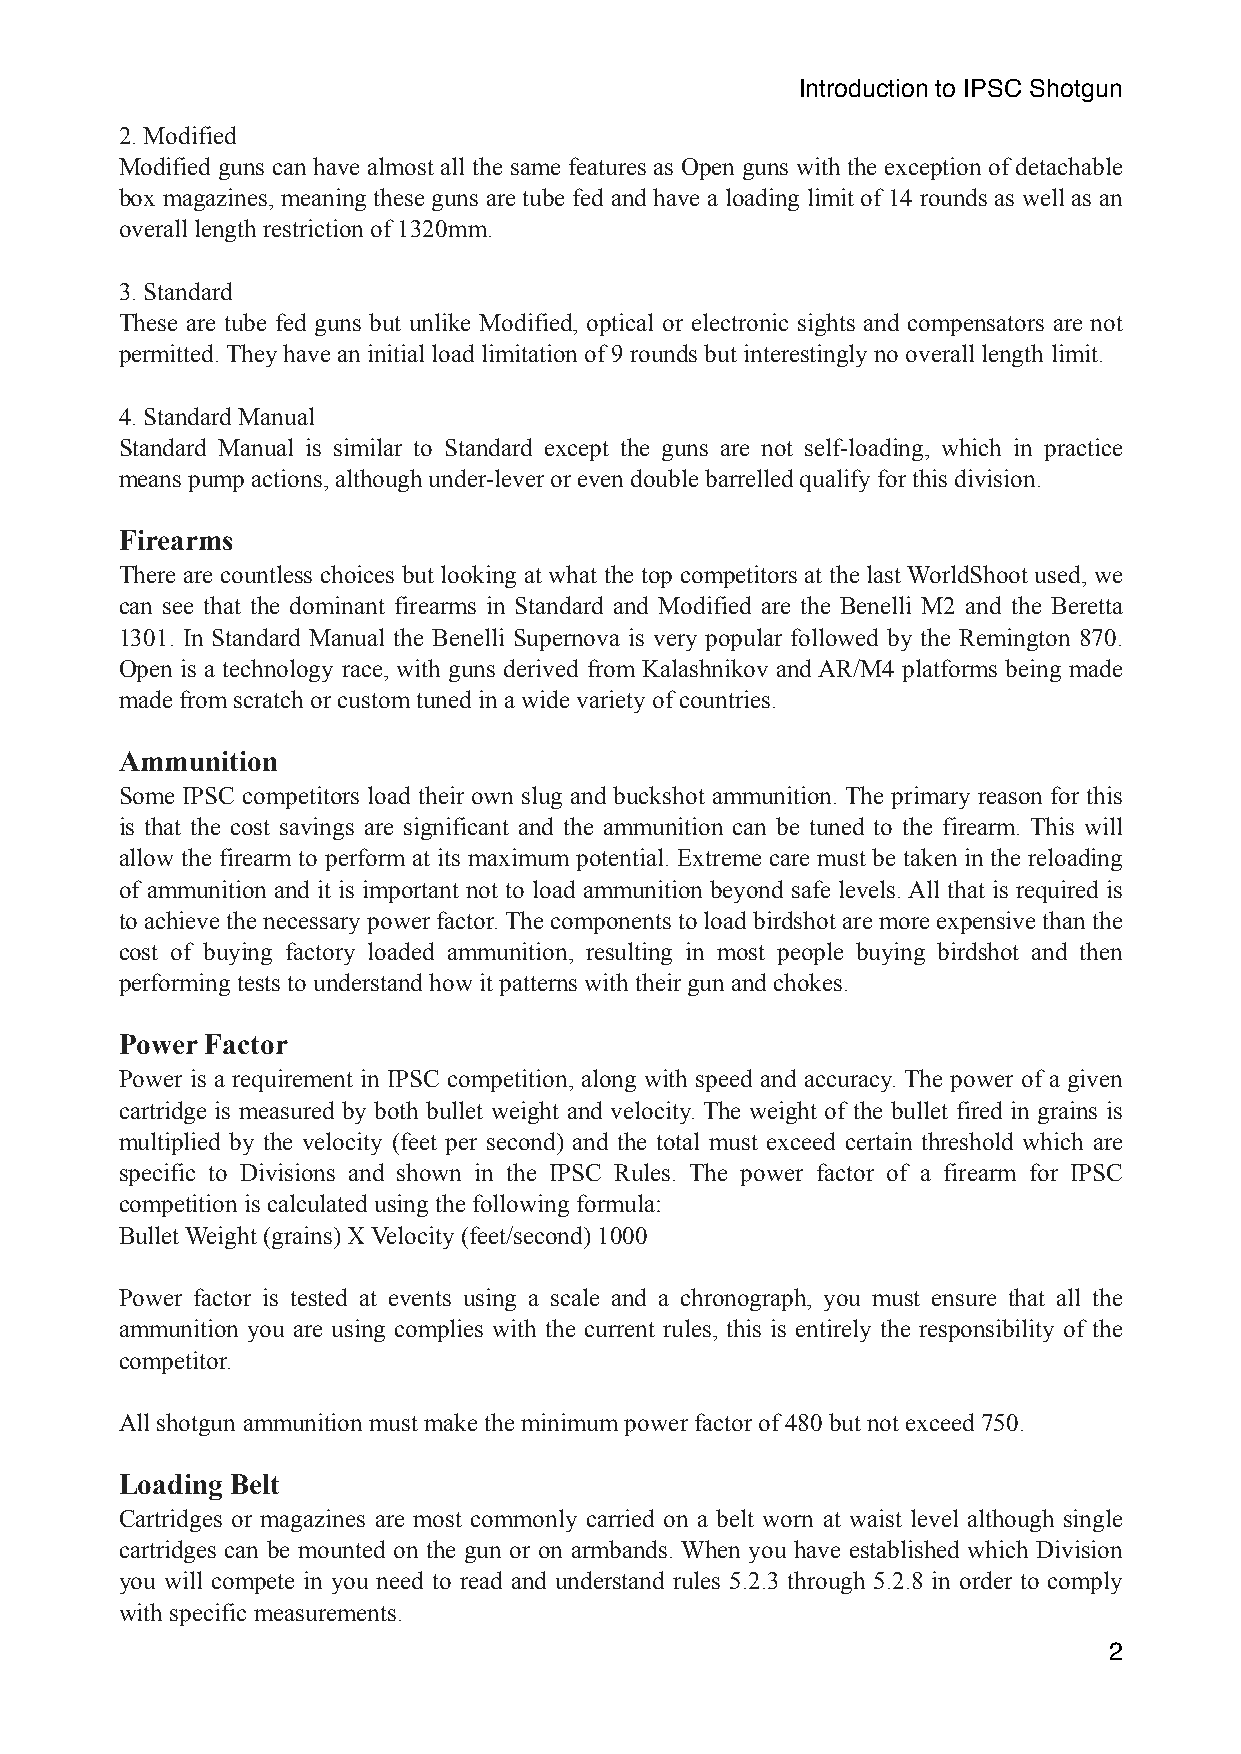
Introduction to IPSC Shotgun
 2. Modified
 Modified guns can have almost all the same features as Open guns with the exception of detachable
 box magazines, meaning these guns are tube fed and have a loading limit of 14 rounds as well as an
 overall length restriction of 1320mm.
 3. Standard
 These are tube fed guns but unlike Modified, optical or electronic sights and compensators are not
 permitted. They have an initial load limitation of 9 rounds but interestingly no overall length limit.
 4. Standard Manual
 Standard Manual is similar to Standard except the guns are not self-loading, which in practice
 means pump actions, although under-lever or even double barrelled qualify for this division.
 Firearms
 There are countless choices but looking at what the top competitors at the last WorldShoot used, we
 can see that the dominant firearms in Standard and Modified are the Benelli M2 and the Beretta
 1301. In Standard Manual the Benelli Supernova is very popular followed by the Remington 870.
 Open is a technology race, with guns derived from Kalashnikov and AR/M4 platforms being made
 made from scratch or custom tuned in a wide variety of countries.
 Ammunition
 Some IPSC competitors load their own slug and buckshot ammunition. The primary reason for this
 is that the cost savings are significant and the ammunition can be tuned to the firearm. This will
 allow the firearm to perform at its maximum potential. Extreme care must be taken in the reloading
 of ammunition and it is important not to load ammunition beyond safe levels. All that is required is
 to achieve the necessary power factor. The components to load birdshot are more expensive than the
 cost of buying factory loaded ammunition, resulting in most people buying birdshot and then
 performing tests to understand how it patterns with their gun and chokes.
 Power Factor
 Power is a requirement in IPSC competition, along with speed and accuracy. The power of a given
 cartridge is measured by both bullet weight and velocity. The weight of the bullet fired in grains is
 multiplied by the velocity (feet per second) and the total must exceed certain threshold which are
 specific to Divisions and shown in the IPSC Rules. The power factor of a firearm for IPSC
 competition is calculated using the following formula:
 Bullet Weight (grains) X Velocity (feet/second) 1000
 Power factor is tested at events using a scale and a chronograph, you must ensure that all the
 ammunition you are using complies with the current rules, this is entirely the responsibility of the
 competitor.
 All shotgun ammunition must make the minimum power factor of 480 but not exceed 750.
 Loading Belt
 Cartridges or magazines are most commonly carried on a belt worn at waist level although single
 cartridges can be mounted on the gun or on armbands. When you have established which Division
 you will compete in you need to read and understand rules 5.2.3 through 5.2.8 in order to comply
 with specific measurements.
 2